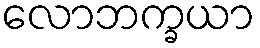
လောဘက္ခယာ